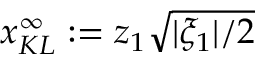
x _ { K L } ^ { \infty } : = z _ { 1 } \sqrt { | \xi _ { 1 } | / 2 }